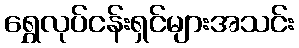
ရွှေလုပ်ငန်းရှင်များအသင်း